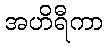
အဟိရီကာ